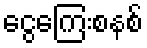
ငွေကြေးစနစ်